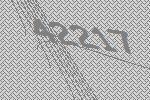
42217